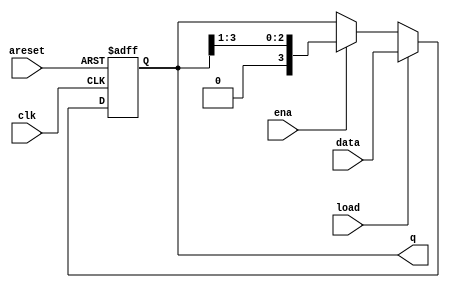
module top_module(
	input clk,
	input areset,
	input load,
	input ena,
	input [3:0] data,
	output reg [3:0] q);
	
	// Asynchronous reset: Notice the sensitivity list.
	// The shift register has four modes:
	//   reset
	//   load
	//   enable shift
	//   idle -- preserve q (i.e., DFFs)
	always @(posedge clk, posedge areset) begin
		if (areset)		// reset
			q <= 0;
		else if (load)	// load
			q <= data;
		else if (ena)	// shift is enabled
			q <= q[3:1];	// Use vector part select to express a shift.
	end
	
endmodule